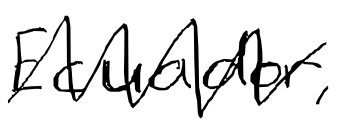
Text: Ecuador,
Cross-out: zig-zag
Writing tool: digital_black